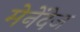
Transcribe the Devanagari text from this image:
मेनेंदेज